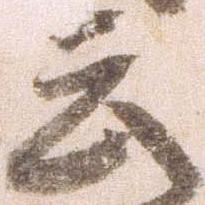
云